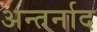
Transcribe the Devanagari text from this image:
अन्तर्नाद